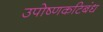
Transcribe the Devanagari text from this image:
उपोष्णकटिबंध